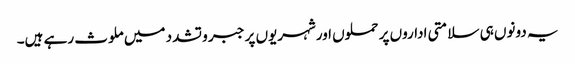
یہ دونوں ہی سلامتی اداروں پر حملوں اورشہریوں پر جبر و تشدد میں ملوث رہے ہیں۔